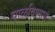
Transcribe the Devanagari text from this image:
चाळविण्यास